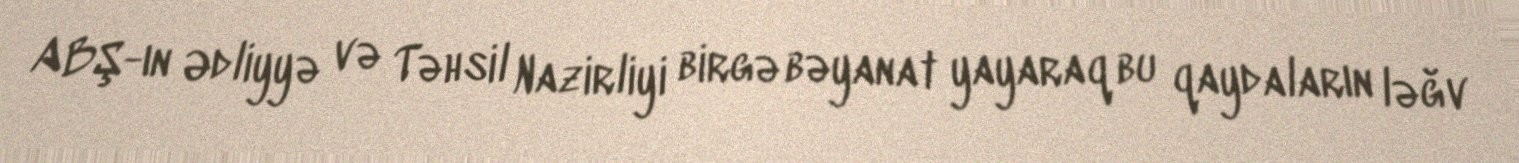
ABŞ-ın Ədliyyə və Təhsil Nazirliyi birgə bəyanat yayaraq bu qaydaların ləğv